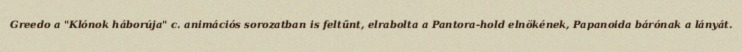
Greedo a "Klónok háborúja" c. animációs sorozatban is feltűnt, elrabolta a Pantora-hold elnökének, Papanoida bárónak a lányát.